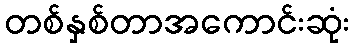
တစ်နှစ်တာအကောင်းဆုံး